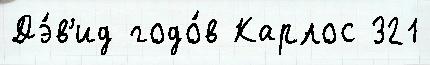
Дэ́в'ид годо́в Карлос 321